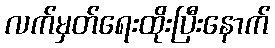
လက်မှတ်ရေးထိုးပြီးနောက်